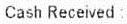
CASH RECEIVED :